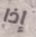
إذا